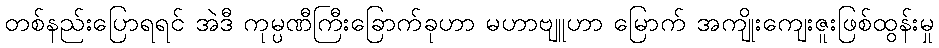
တစ်နည်းပြောရရင် အဲဒီ ကုမ္ပဏီကြီးခြောက်ခုဟာ မဟာဗျူဟာ မြောက် အကျိုးကျေးဇူးဖြစ်ထွန်းမှု